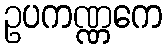
ဥပကဏ္ဏကေ